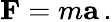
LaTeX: {\textbf{F}}=m{\textbf{a}}\, .